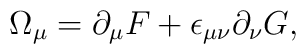
\Omega_{\mu}=\partial_{\mu}F+\epsilon_{\mu\nu}\partial_{\nu}G,